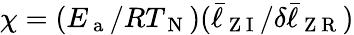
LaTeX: \chi=(E_{\mathrm{~a~}}/RT_{\mathrm{~N~}})(\bar{\ell}_{\mathrm{~Z~I~}}/\delta\bar{\ell}_{\mathrm{~Z~R~}})